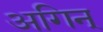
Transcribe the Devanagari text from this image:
अगिन्